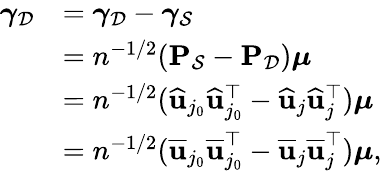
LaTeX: \begin{array}{rl}{{\boldsymbol\gamma}_{\mathcal{D}}}&{={\boldsymbol\gamma}_{\mathcal{D}}-{\boldsymbol\gamma}_{\mathcal{S}}}\\ &{=n^{-1/2}(\mathbf{P}_{\mathcal{S}}-\mathbf{P}_{\mathcal{D}}){\boldsymbol\mu}}\\ &{=n^{-1/2}(\widehat{\mathbf{u}}_{j_{0}}\widehat{\mathbf{u}}_{j_{0}}^{\top}-\widehat{\mathbf{u}}_{j}\widehat{\mathbf{u}}_{j}^{\top}){\boldsymbol\mu}}\\ &{=n^{-1/2}(\overline{{\mathbf{u}}}_{j_{0}}\overline{{\mathbf{u}}}_{j_{0}}^{\top}-\overline{{\mathbf{u}}}_{j}\overline{{\mathbf{u}}}_{j}^{\top}){\boldsymbol\mu},}\end{array}